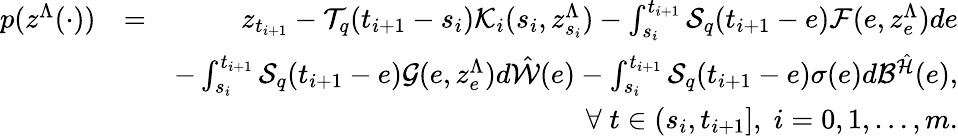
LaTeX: \begin{array}{rlr}{p(z^{\Lambda}(\cdot))}&{=}&{z_{t_{i+1}}-{\cal T}_{q}(t_{i+1}-s_{i}){\cal K}_{i}(s_{i},z_{s_{i}}^{\Lambda})-\int_{s_{i}}^{t_{i+1}}{\cal S}_{q}(t_{i+1}-e){\cal F}(e,z_{e}^{\Lambda})de}\\ &{}&{-\int_{s_{i}}^{t_{i+1}}{\cal S}_{q}(t_{i+1}-e){\cal G}(e,z_{e}^{\Lambda})d\hat{\cal W}(e)-\int_{s_{i}}^{t_{i+1}}{\cal S}_{q}(t_{i+1}-e)\sigma(e)d{\cal B}^{\hat{\cal H}}(e),}\\ &{}&{\forall\; t\in(s_{i},t_{i+1}],\; i=0,1,\ldots,m.}\end{array}